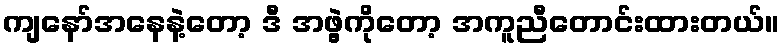
ကျနော်အနေနဲ့တော့ ဒီ အဖွဲ့ကိုတော့ အကူညီတောင်းထားတယ်။